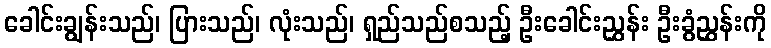
ခေါင်းချွန်းသည်၊ ပြားသည်၊ လုံးသည်၊ ရှည်သည်စသည့် ဦးခေါင်းညွှန်း ဦးခွံညွှန်းကို